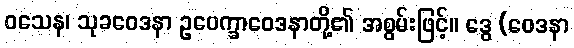
ဝသေန၊ သုခဝေဒနာ ဥပေက္ခာဝေဒနာတို့၏ အစွမ်းဖြင့်။ ဒွေ (ဝေဒနာ